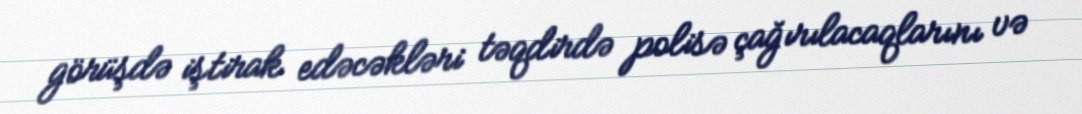
görüşdə iştirak edəcəkləri təqdirdə polisə çağırılacaqlarını və